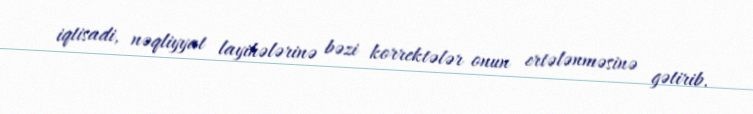
iqtisadi, nəqliyyat layihələrinə bəzi korrektələr onun ertələnməsinə gətirib.